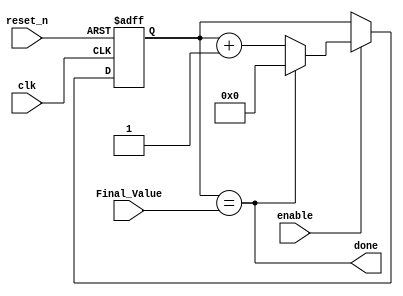
`timescale 1ns / 1ps
//////////////////////////////////////////////////////////////////////////////////
// Company: 
// Engineer: 
// 
// Design Name: 
// Module Name: Timer
// Project Name: 
// Target Devices: 
// Tool Versions: 
// Description: 
// 
// Dependencies: 
// 
// Revision:
// Revision 0.01 - File Created
// Additional Comments:
// 
//////////////////////////////////////////////////////////////////////////////////


module Timer #(parameter BITS =4)(
    input clk , reset_n , enable ,
    input [BITS -1:0]Final_Value,
    output done 

    );
    reg  [BITS -1:0]Q_next, Q_reg;
    
    always @(posedge clk, negedge reset_n)
    begin
        if(!reset_n)
         Q_reg <= 'b0;
        else if(enable)
        Q_reg <= Q_next;
        else
        Q_reg <= Q_reg;
    end
    
    assign done = Q_reg == Final_Value ;
    
    always @(*)
    begin
    Q_next = done ? 'b0 : Q_reg +1 ;
    end
    
    
endmodule